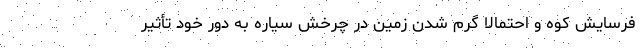
فرسایش کوه و احتمالاً گرم شدن زمین در چرخش سیاره به دور خود تأثیر